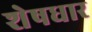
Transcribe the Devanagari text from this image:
शेषधार